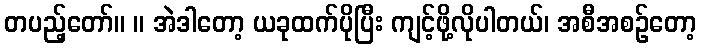
တပည့်တော်။ ။ အဲဒါတော့ ယခုထက်ပိုပြီး ကျင့်ဖို့လိုပါတယ်၊ အစီအစဉ်တော့